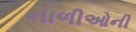
નાળીઓની